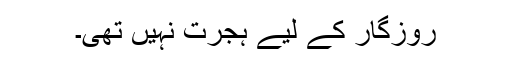
روزگار کے لیے ہجرت نہیں تھی۔